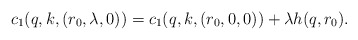
\begin{align*}c_1(q,k,(r_0,\lambda,0)) = c_1(q,k,(r_0,0,0)) + \lambda h(q,r_0).\end{align*}